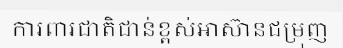
ការពារជាតិជាន់ខ្ពស់អាស៊ានជម្រុញ